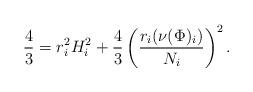
LaTeX: \begin{align*}\frac{4}{3}&=r_{i}^{2} H_{i}^{2}+\frac{4}{3}\left(\frac{r_i (\nu(\Phi)_{i})}{N_{i}}\right)^{2}.\end{align*}